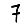
Digit: 7